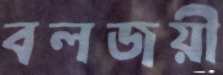
বলজয়ী